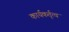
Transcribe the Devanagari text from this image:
कार्यकर्तृत्व